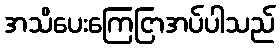
အသိပေးကြေငြာအပ်ပါသည်